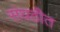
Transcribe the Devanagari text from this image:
संघठीत